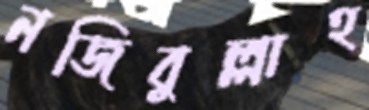
নজিবুল্লাহ